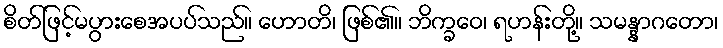
စိတ်ဖြင့်မပွားစေအပပ်သည်။ ဟောတိ၊ ဖြစ်၏။ ဘိက္ခဝေ၊ ရဟန်းတို့။ သမန္နာဂတော၊